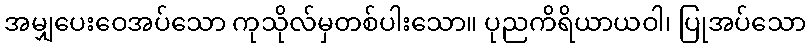
အမျှပေးဝေအပ်သော ကုသိုလ်မှတစ်ပါးသော။ ပုညကိရိယာယဝါ၊ ပြုအပ်သော